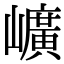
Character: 𡾇